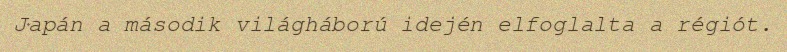
Japán a második világháború idején elfoglalta a régiót.